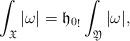
LaTeX: \begin{align*}\int_{\mathfrak X}|\omega|= {\mathfrak h_0}_!\int_{\mathfrak Y}|\omega|, \end{align*}